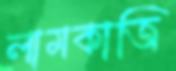
লামকাজি